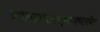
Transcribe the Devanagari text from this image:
प्रवेशद्वारापासूनगावापर्यंत